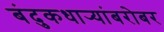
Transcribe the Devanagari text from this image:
बंदुकधार्‍यांबरोबर